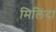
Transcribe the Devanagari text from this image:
मिलिंदा